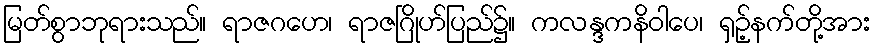
မြတ်စွာဘုရားသည်။ ရာဇဂဟေ၊ ရာဇဂြိုဟ်ပြည်၌။ ကလန္ဒကနိဝါပေ၊ ရှဉ့်နက်တို့အား